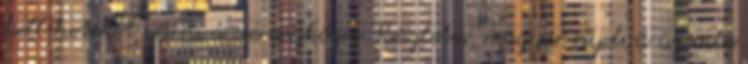
kell heteket várni a csereeszközre. Részletes, magyar nyelvű üzembe